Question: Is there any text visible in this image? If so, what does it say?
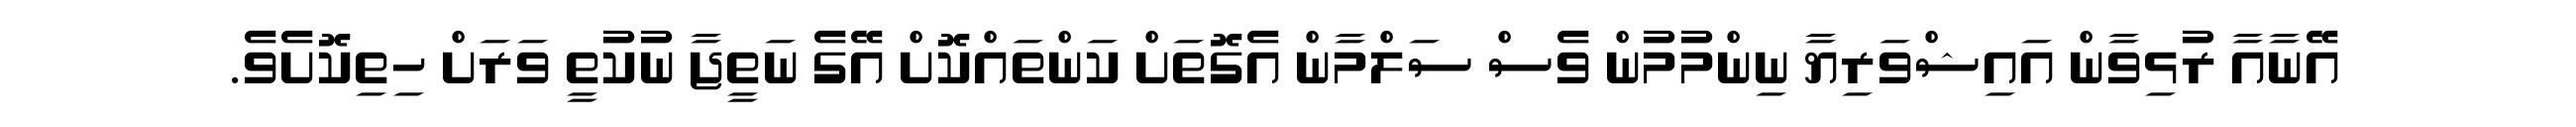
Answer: އޭނާއާ ރުޅިވާން އައިޝްވަރިޔާ ނިންމުމުން ވެސް ސަލްމާން އެގޮތަށް ކަންތައްކޮށް އޭގެ ނަތީޖާ ނުކުތީ ވަރަށް ހިތިކޮށެވެ.